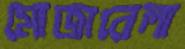
মোজারেলা